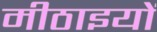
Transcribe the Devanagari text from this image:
मीठाइयों